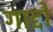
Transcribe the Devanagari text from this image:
गाद्दो